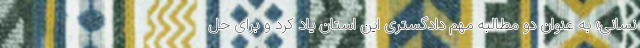
نسانی» به عنوان دو مطالبه مهم دادگستری این استان یاد کرد و برای حل